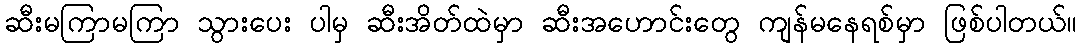
ဆီးမကြာမကြာ သွားပေး ပါမှ ဆီးအိတ်ထဲမှာ ဆီးအဟောင်းတွေ ကျန်မနေရစ်မှာ ဖြစ်ပါတယ်။